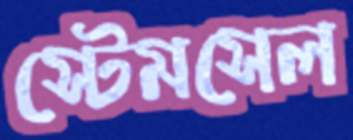
স্টেমসেল